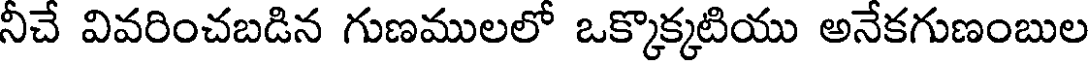
నీచే వివరించబడిన గుణములలో ఒక్కొక్కటియు అనేకగుణంబుల